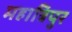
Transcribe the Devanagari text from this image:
महात्रिपुर